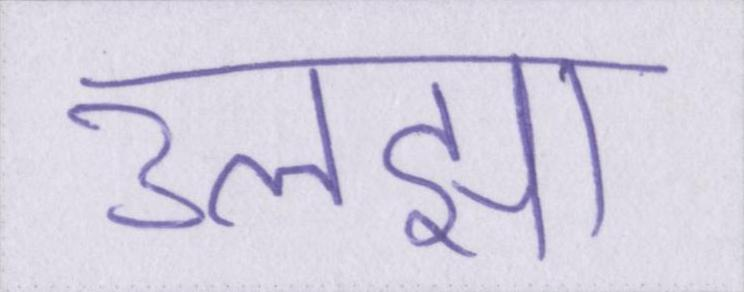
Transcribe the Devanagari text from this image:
उलझा